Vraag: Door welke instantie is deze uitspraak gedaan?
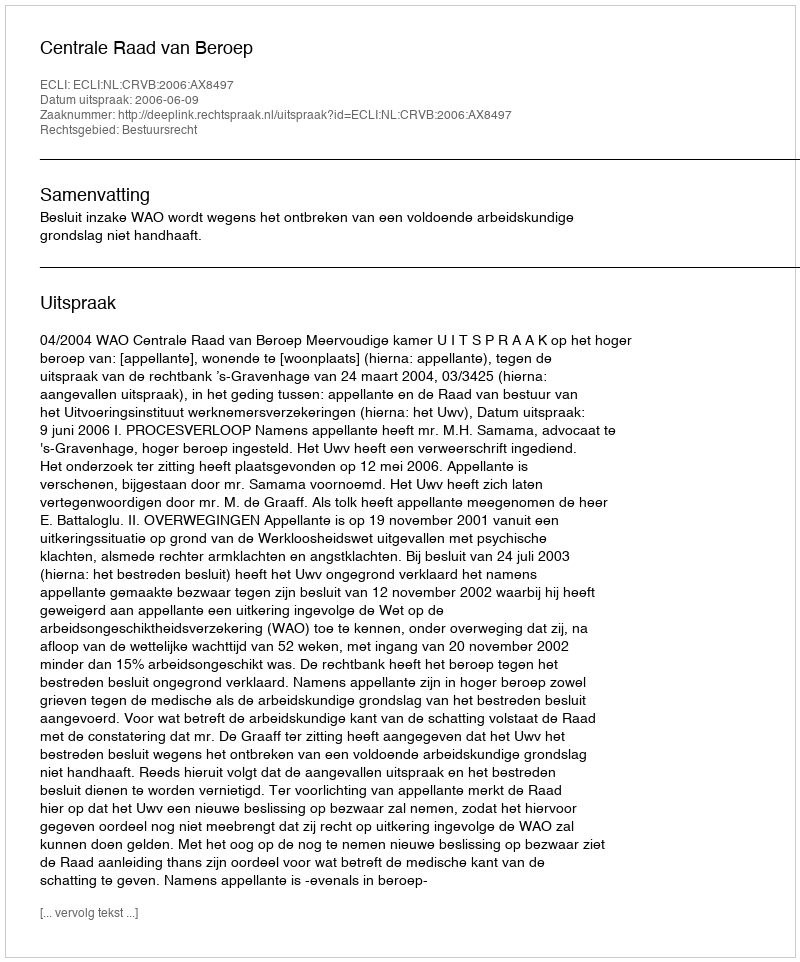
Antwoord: Centrale Raad van Beroep